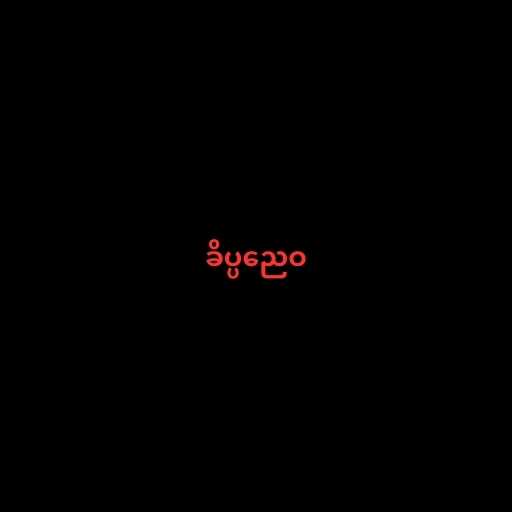
ခိပ္ပညေဝ